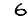
Digit: 6